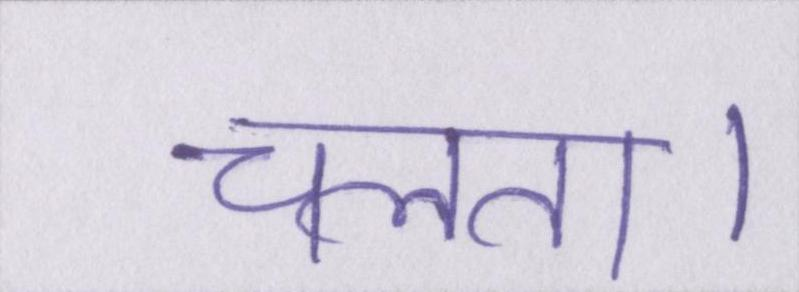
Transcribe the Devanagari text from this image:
चलता।